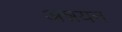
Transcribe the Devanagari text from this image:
अन्नयन